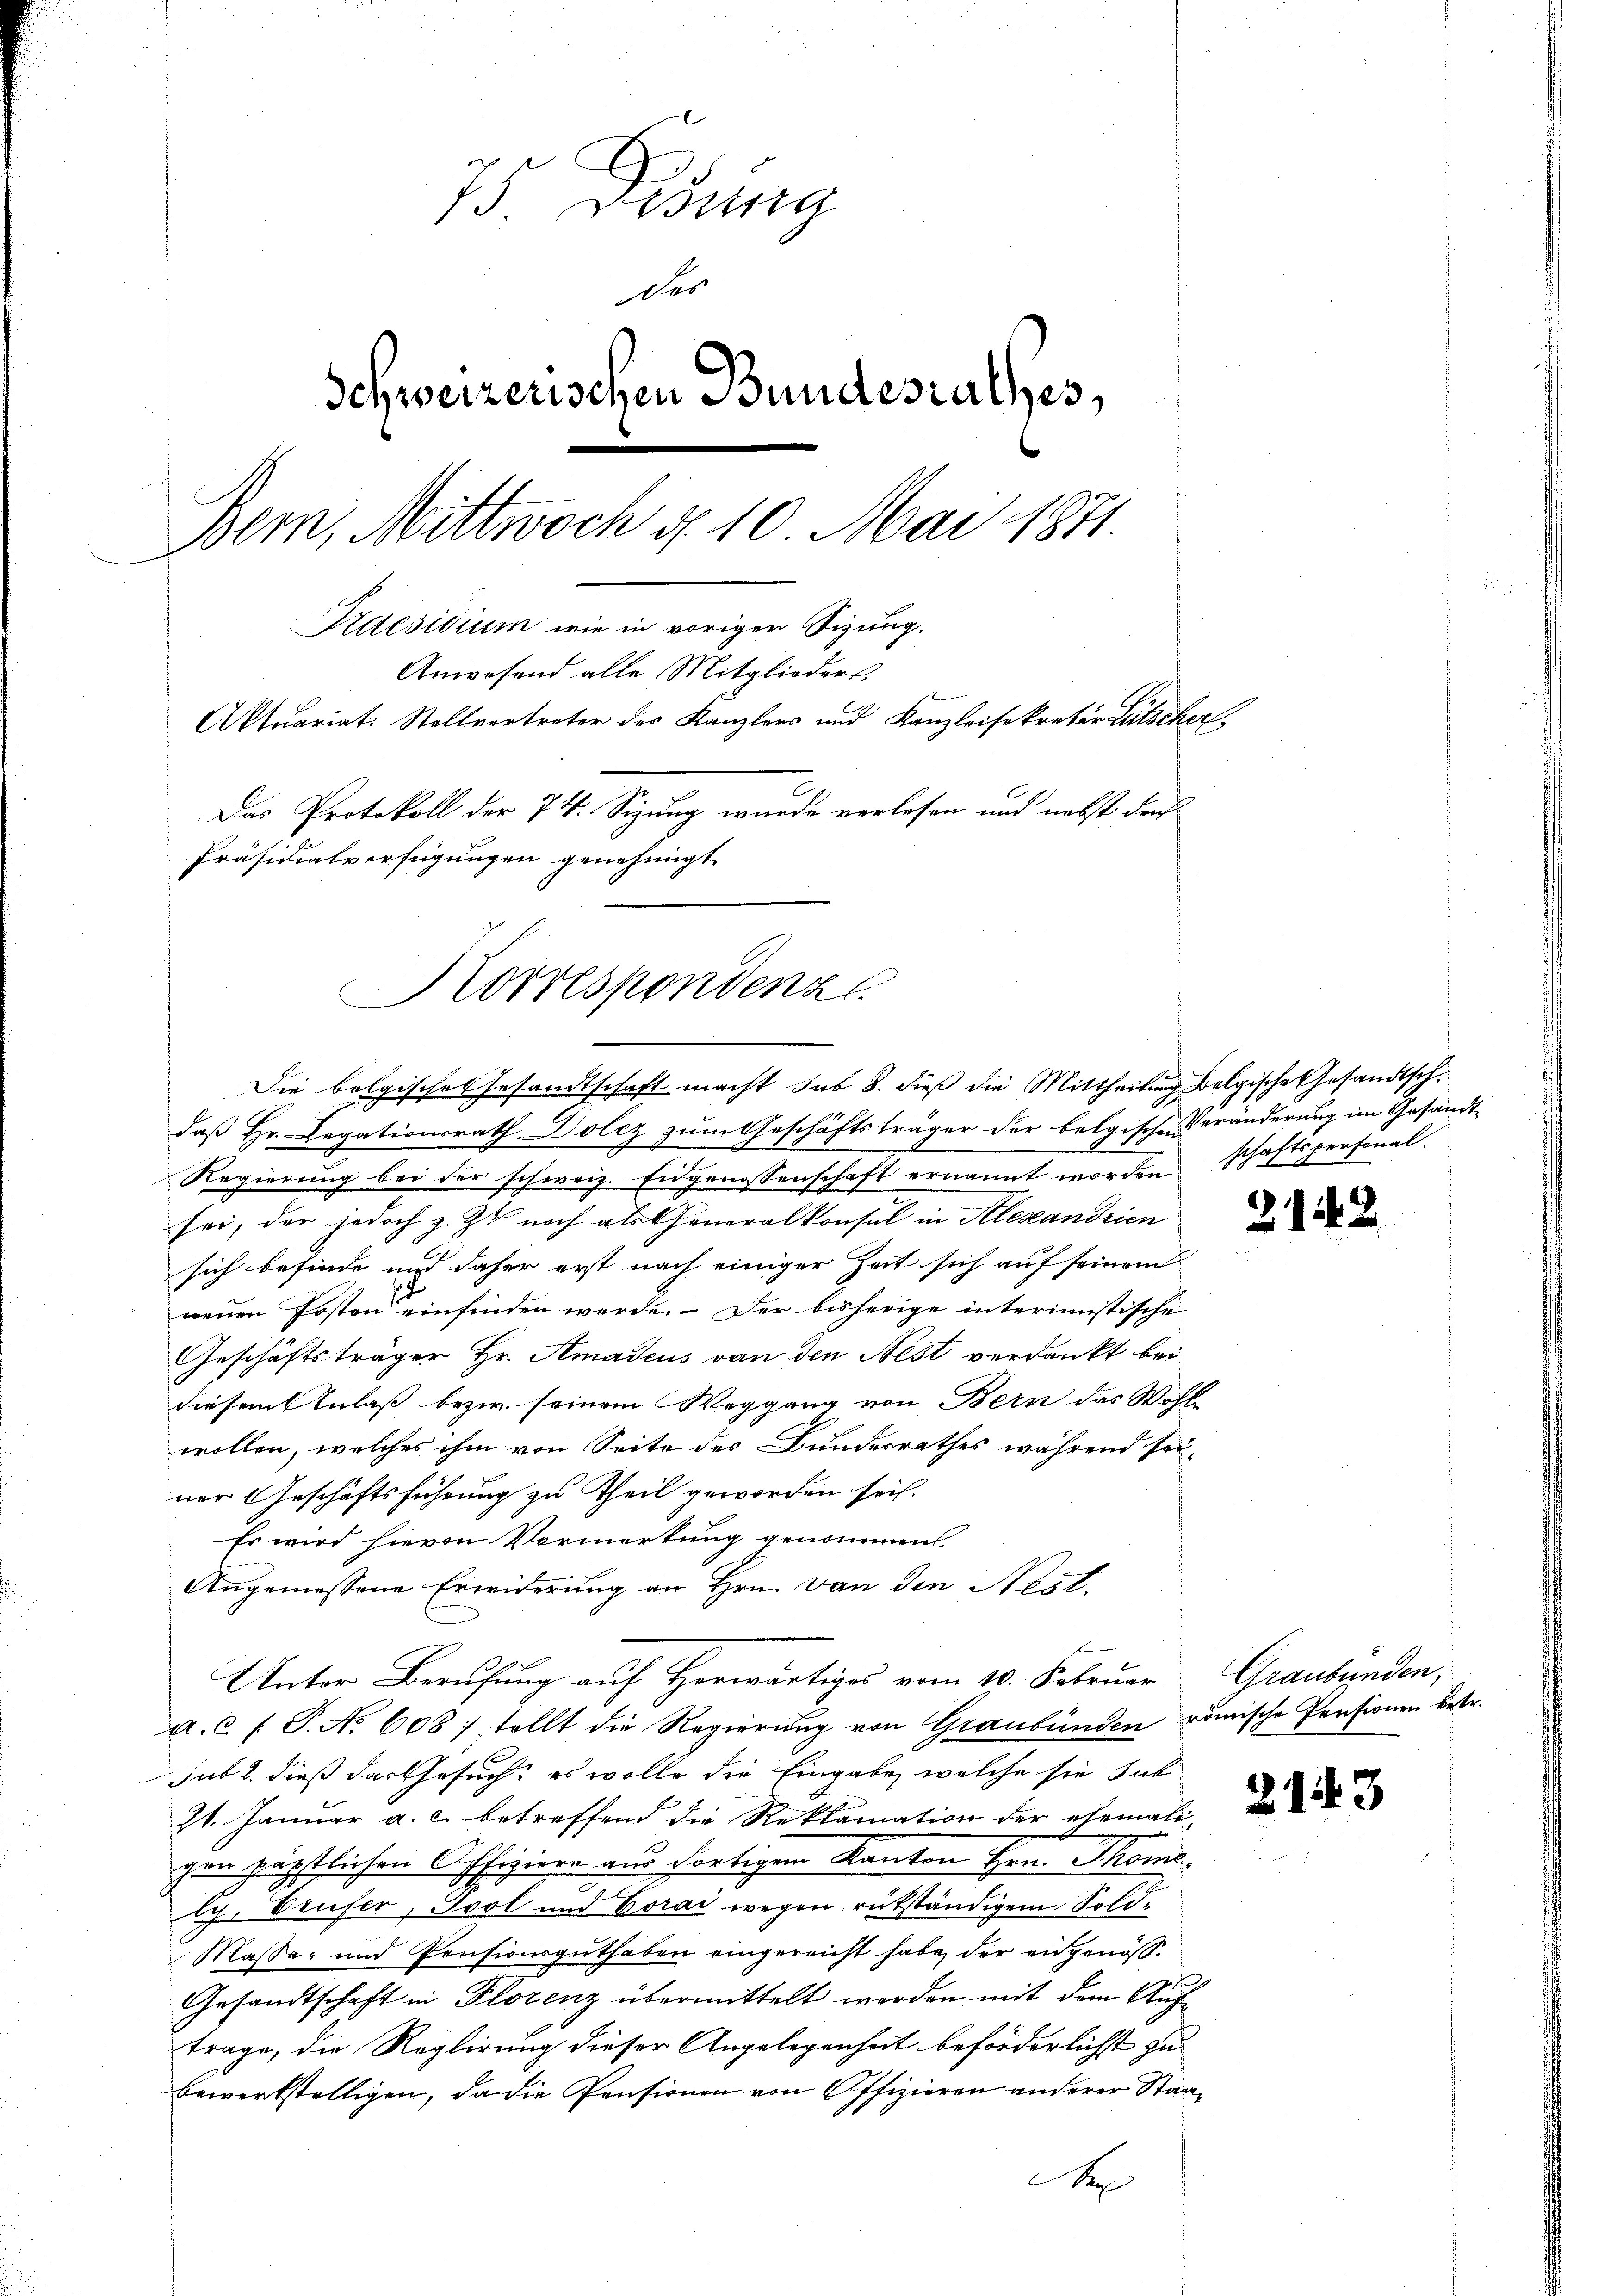
75 Dedung
des
Schweizerischen Bundesrathes,
Bern, Mittwoch d. 10. Mai 1871.
Kdesidium wie in voriger Sizung.
Anwesend alle Mitglieders
Aktuariat: Stellvertreter des Kanzlers und Kanzleisekretär Lütscher
Das Protokoll der 74. Sizung wurde verlesen und nebst der
Präsidialverfügungen genehmigt

Korrespondenz
Die belgisches Gesandtschaft macht sub 8. dieß die Mittheilung folgische Gesandtsch.

zum Geschäftsträger der belgischen Veränderung im Gesandtdaß Hr. Legationsrath Dolez
Regierung bei der schweiz. Eidgenossenschaft ernannt worden
sei, der jedoch z. Z. noch als Generalkonsul in Alexandrien
sich befinde und daher erst nach einiger Zeit sich auf seinem
neuen Posten einfinden werde. Der bisherige interimistische
Geschäftsträger Hr. Amadeus von den Nest verdankt bei
diesem Anlaß bezw. seinem Weggang von Bern das Wohl-
wollen, welches ihm von Seite des Bundesrathes während sei-
ner Geschäftsführung zu Theil geworden sei.
Es wird hievon Vormerkung genommen.
Angemessene Erwiderung an Hrn. von den Nest.
Unter Berufung auf Herwärtiges vom 10. Februar Graubünden,
a. c. f. P. No 608 : tellt die Regierung von Graubünden römische Pensionen betr.
sub 2. dieß das Gesuch, es wolle die Eingabe, welche sie sub
21. Janŭar a. c. betreffend die Reklamation der ehemann, die
gen päpstlichen Offiziere aus fortigen Kanton Hrn. Thomslg. Vrufer, Gool und Corai wegen rükständigem Sold¬
Massa- und Pensionsguthaben eingereicht habe, der eingenöß¬
Gesandtschaft in Florenz übermittelt werden mit dem Auftrage, die Reglirung dieser Angelegenheit beförderlichst zu
bewerkstelligen, da die Pensionen von Offizieren anderer Staa¬
A

oftspersonal.
schon 1

21.